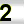
Digit: 2